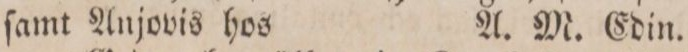
ſamt Anjovis hos    A. M. Edin.